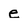
Character: e